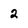
Character: 2